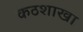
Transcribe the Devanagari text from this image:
कठशाखा